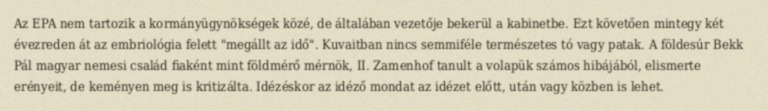
Az EPA nem tartozik a kormányügynökségek közé, de általában vezetője bekerül a kabinetbe. Ezt követően mintegy két évezreden át az embriológia felett "megállt az idő". Kuvaitban nincs semmiféle természetes tó vagy patak. A földesúr Bekk Pál magyar nemesi család fiaként mint földmérő mérnök, II. Zamenhof tanult a volapük számos hibájából, elismerte erényeit, de keményen meg is kritizálta. Idézéskor az idéző mondat az idézet előtt, után vagy közben is lehet.